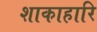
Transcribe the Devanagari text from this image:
शाकाहारि